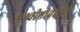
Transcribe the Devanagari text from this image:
पृथ्वीभोवतीची